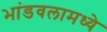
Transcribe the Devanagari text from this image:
भांडवलामध्ये